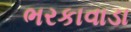
ભરકાવાડા